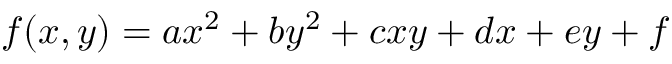
f ( x , y ) = a x ^ { 2 } + b y ^ { 2 } + c x y + d x + e y + f \,